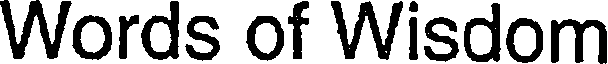
Words of Wisdom